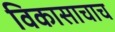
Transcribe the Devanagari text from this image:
विकासाचाच